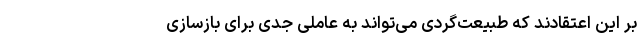
بر این اعتقادند که طبیعت‌گردی می‌تواند به عاملی جدی برای بازسازی